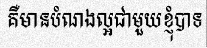
គឺមានបំណងល្អជាមួយខ្ញុំបាទ